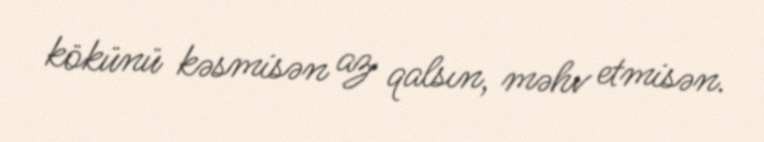
kökünü kəsmisən az qalsın, məhv etmisən.